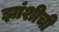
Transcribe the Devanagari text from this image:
झांशीची